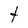
Character: t